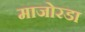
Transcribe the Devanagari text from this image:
माजोरडा